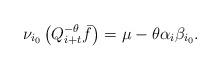
LaTeX: \begin{align*}\nu_{i_0}\left(Q_{i+t}^{-\theta}\bar f\right)=\mu-\theta\alpha_i\beta_{i_0}.\end{align*}